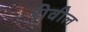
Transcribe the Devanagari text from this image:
रीवील